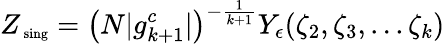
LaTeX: Z_{\mathrm{\scriptsize~sing}}=\left(N|g_{k+1}^{c}|\right)^{-\frac{1}{k+1}}Y_{\epsilon}(\zeta_{2},\zeta_{3},...\zeta_{k})